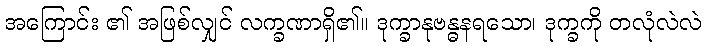
အကြောင်း ၏ အဖြစ်လျှင် လက္ခဏာရှိ၏။ ဒုက္ခာနုဗန္ဓနရသော၊ ဒုက္ခကို တလုံလဲလဲ